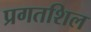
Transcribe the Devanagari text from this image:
प्रगतशिल